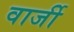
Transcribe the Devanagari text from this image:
वार्जी